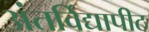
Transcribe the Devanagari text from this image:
अंतर्विद्यापीठ